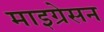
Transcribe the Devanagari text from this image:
माइग्रेसन